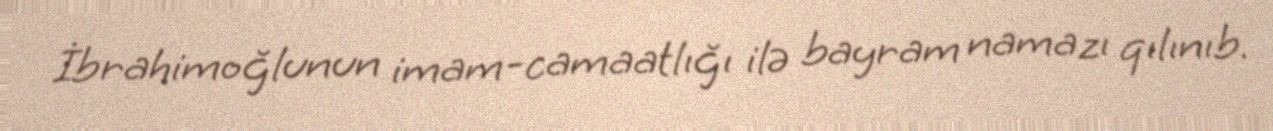
İbrahimoğlunun imam-camaatlığı ilə bayram namazı qılınıb.